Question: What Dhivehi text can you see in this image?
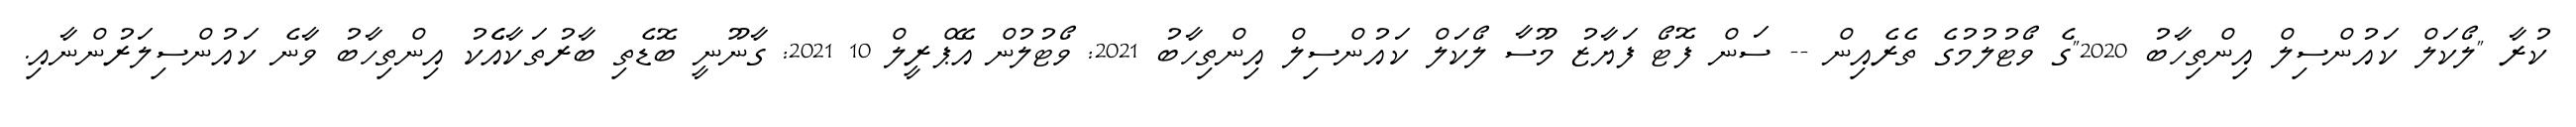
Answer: ކުރާ "ލޯކަލް ކައުންސިލް އިންތިހާބު 2020"ގެ ވޯޓުލުމުގެ ތެރެއިން -- ސަން ފޮޓޯ ފަޔާޒު މޫސާ ލޯކަލް ކައުންސިލް އިންތިހާބު 2021: ވޯޓުލުން އޭޕްރީލް 10 2021: ގާނޫނީ ބޮޑެތި ބާރުތަކާއެެކު އިންތިހާބު ވާނެ ކައުންސިލަރުންނާއި.